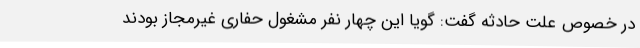
در خصوص علت حادثه گفت: گویا این چهار نفر مشغول حفاری غیرمجاز بودند